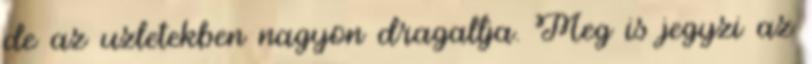
de az uzletekben nagyon dragallja. Meg is jegyzi az